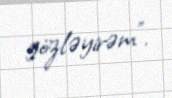
gözləyirəm”.